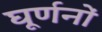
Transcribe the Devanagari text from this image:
घूर्णनों